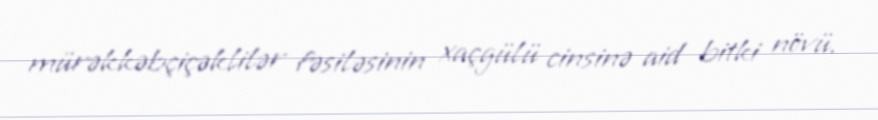
mürəkkəbçiçəklilər fəsiləsinin xaçgülü cinsinə aid bitki növü.